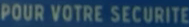
POUR VOTRE SECURITE